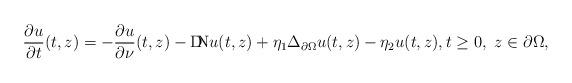
LaTeX: \begin{align*}\frac{\partial u}{\partial t}(t,z)=-\frac{\partial u}{\partial \nu}(t,z) -{\rm D\!\!N}u(t,z)+\eta_1\Delta_{\partial \Omega}u(t,z)-\eta_2u(t,z),t\ge 0,\ z\in \partial \Omega,\end{align*}